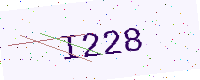
Text: I228